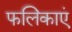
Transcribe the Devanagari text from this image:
फलिकाएं